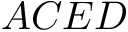
A C E D